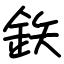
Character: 鉃